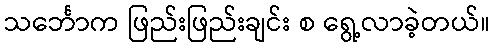
သင်္ဘောက ဖြည်းဖြည်းချင်း စ ရွေ့လာခဲ့တယ်။